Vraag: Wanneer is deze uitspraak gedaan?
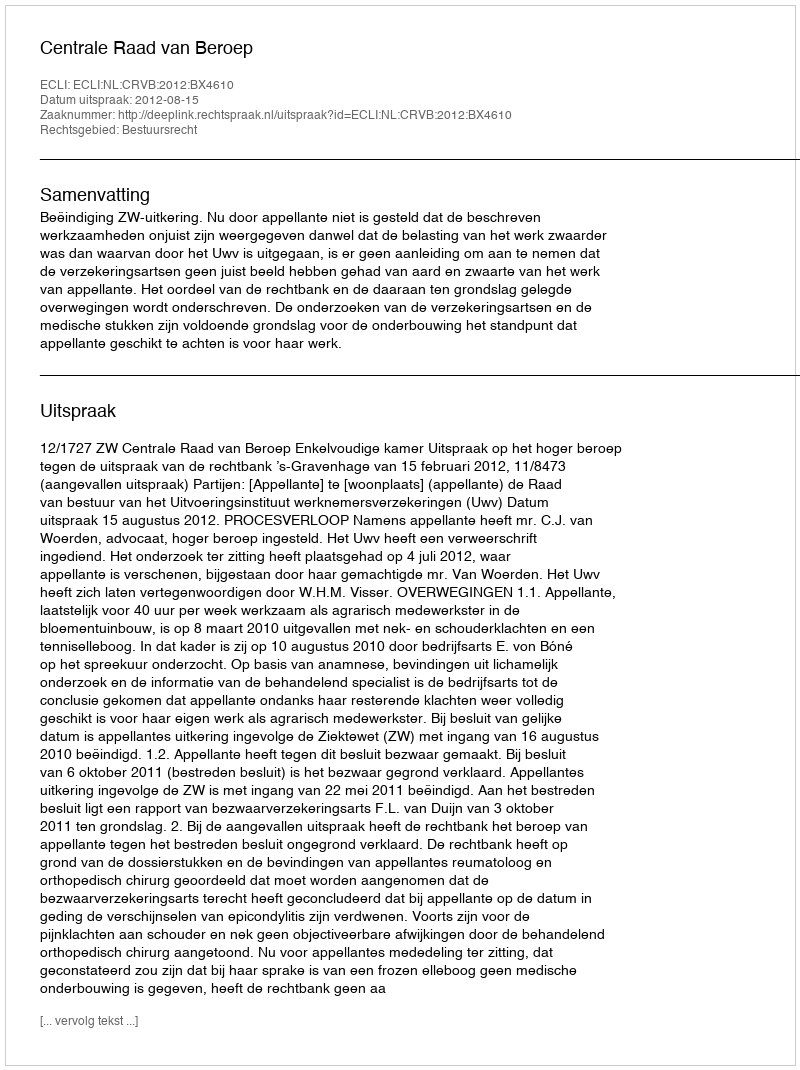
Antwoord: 2012-08-15